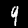
Label: 9